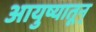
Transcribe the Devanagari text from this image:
आयुष्यातून्